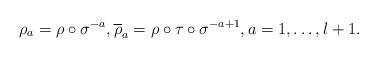
LaTeX: \begin{align*}\rho_a = \rho \circ \sigma^{-a}, \overline\rho_a = \rho \circ \tau \circ \sigma^{-a+1}, a = 1, \ldots, l+1.\end{align*}